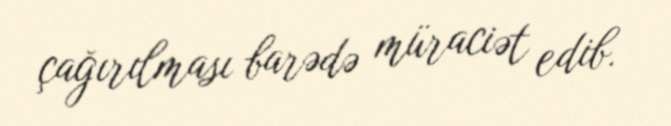
çağırılması barədə müraciət edib.